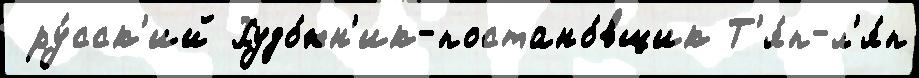
 ру́сск'ий Худо́жн'ик-постано́вщик Т'я́п-л'я́п